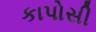
કાપોસી